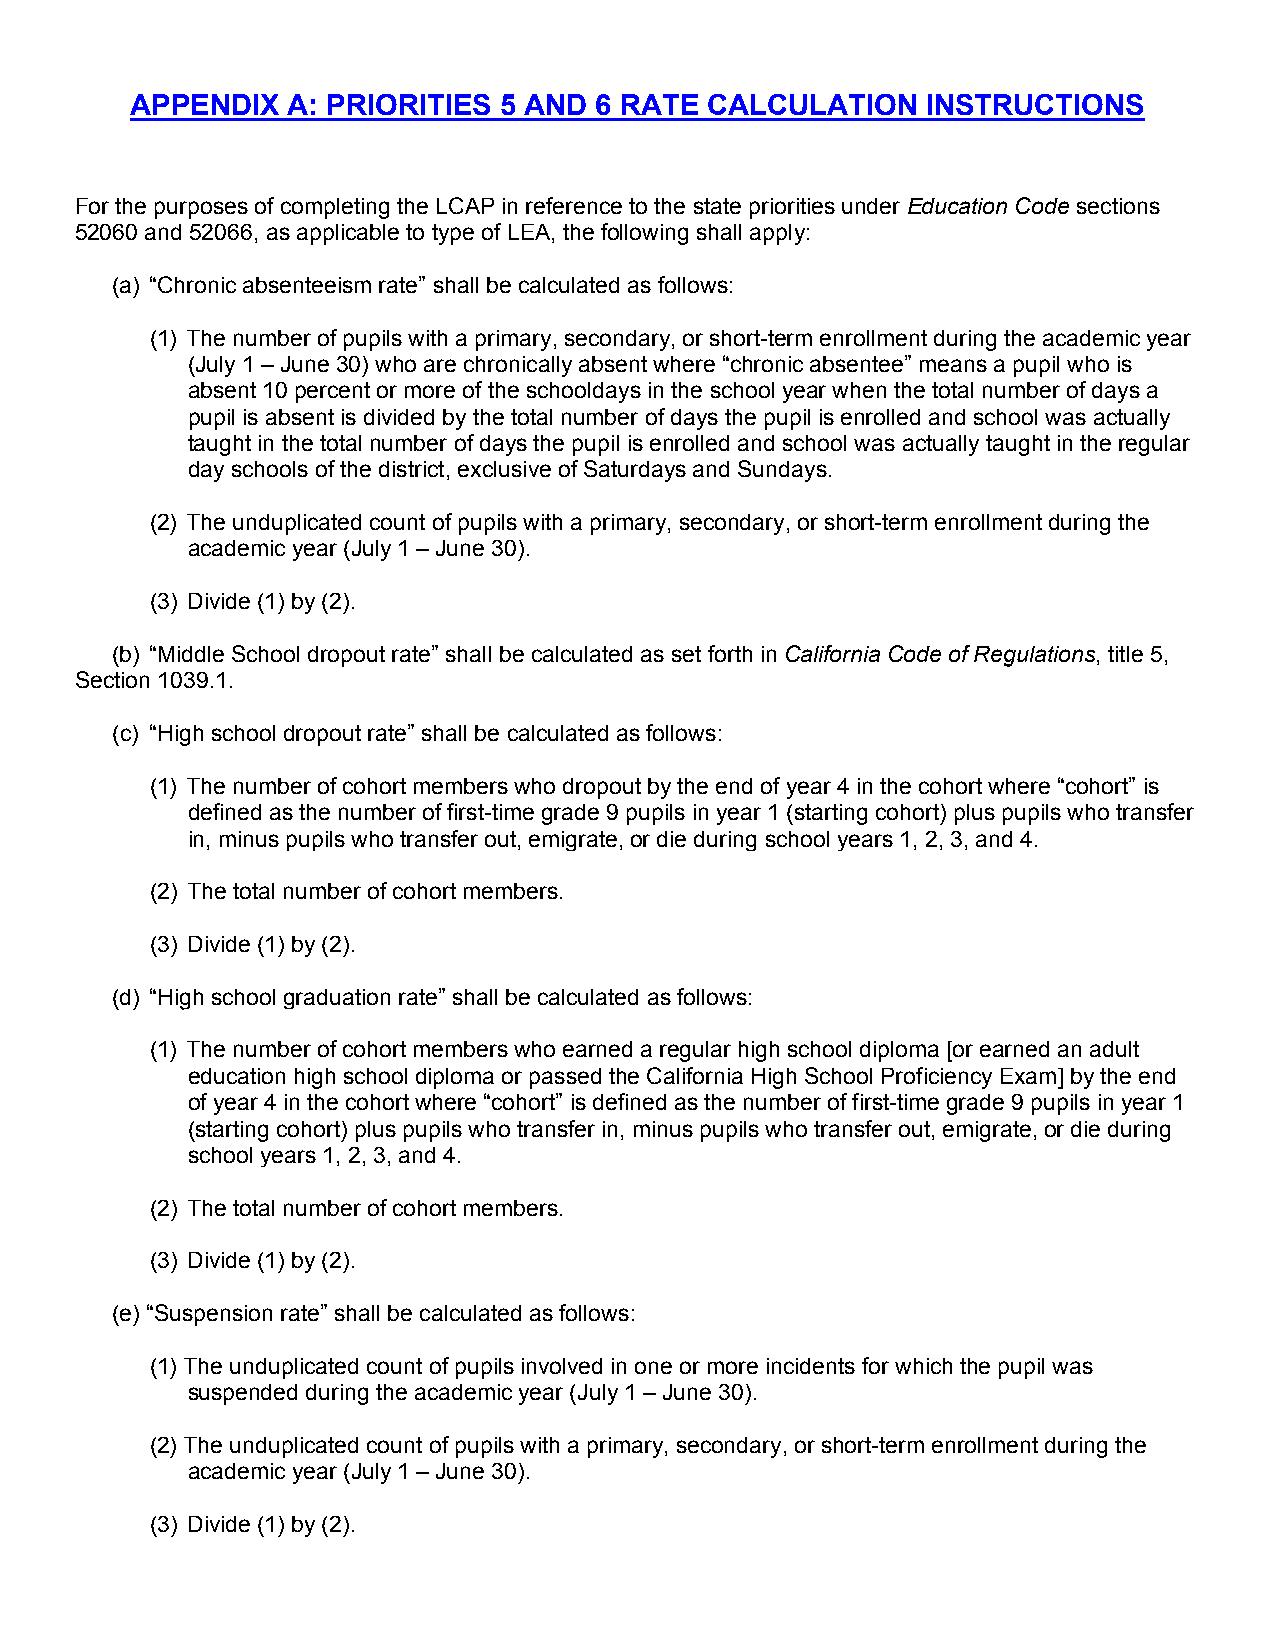
APPENDIX  A: PRIORITIES 5 AND 6 RATE  CALCULATION   INSTRUCTIONS
 For the purposes of completing the LCAP in reference to the state priorities under Education Code sections
 52060 and 52066, as applicable to type of LEA, the following shall apply:
 (a) “Chronic absenteeism rate” shall be calculated as follows:
 (1) The number of pupils with a primary, secondary, or short-term enrollment during the academic year
 (July 1 – June 30) who are chronically absent where “chronic absentee” means a pupil who is
 absent 10 percent or more of the schooldays in the school year when the total number of days a
 pupil is absent is divided by the total number of days the pupil is enrolled and school was actually
 taught in the total number of days the pupil is enrolled and school was actually taught in the regular
 day schools of the district, exclusive of Saturdays and Sundays.
 (2) The unduplicated count of pupils with a primary, secondary, or short-term enrollment during the
 academic year (July 1 – June 30).
 (3) Divide (1) by (2).
 (b) “Middle School dropout rate” shall be calculated as set forth in California Code of Regulations, title 5,
 Section 1039.1.
 (c) “High school dropout rate” shall be calculated as follows:
 (1) The number of cohort members who dropout by the end of year 4 in the cohort where “cohort” is
 defined as the number of first-time grade 9 pupils in year 1 (starting cohort) plus pupils who transfer
 in, minus pupils who transfer out, emigrate, or die during school years 1, 2, 3, and 4.
 (2) The total number of cohort members.
 (3) Divide (1) by (2).
 (d) “High school graduation rate” shall be calculated as follows:
 (1) The number of cohort members who earned a regular high school diploma [or earned an adult
 education high school diploma or passed the California High School Proficiency Exam] by the end
 of year 4 in the cohort where “cohort” is defined as the number of first-time grade 9 pupils in year 1
 (starting cohort) plus pupils who transfer in, minus pupils who transfer out, emigrate, or die during
 school years 1, 2, 3, and 4.
 (2) The total number of cohort members.
 (3) Divide (1) by (2).
 (e) “Suspension rate” shall be calculated as follows:
 (1) The unduplicated count of pupils involved in one or more incidents for which the pupil was
 suspended during the academic year (July 1 – June 30).
 (2) The unduplicated count of pupils with a primary, secondary, or short-term enrollment during the
 academic year (July 1 – June 30).
 (3) Divide (1) by (2).